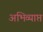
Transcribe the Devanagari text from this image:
अभिव्याप्त